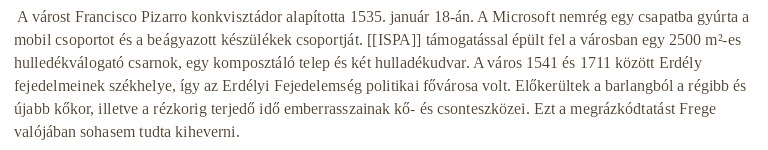
A várost Francisco Pizarro konkvisztádor alapította 1535. január 18-án. A Microsoft nemrég egy csapatba gyúrta a mobil csoportot és a beágyazott készülékek csoportját. [[ISPA]] támogatással épült fel a városban egy 2500 m²-es hulledékválogató csarnok, egy komposztáló telep és két hulladékudvar. A város 1541 és 1711 között Erdély fejedelmeinek székhelye, így az Erdélyi Fejedelemség politikai fővárosa volt. Előkerültek a barlangból a régibb és újabb kőkor, illetve a rézkorig terjedő idő emberrasszainak kő- és csonteszközei. Ezt a megrázkódtatást Frege valójában sohasem tudta kiheverni.